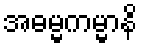
အဓမ္မကမ္မာနိ